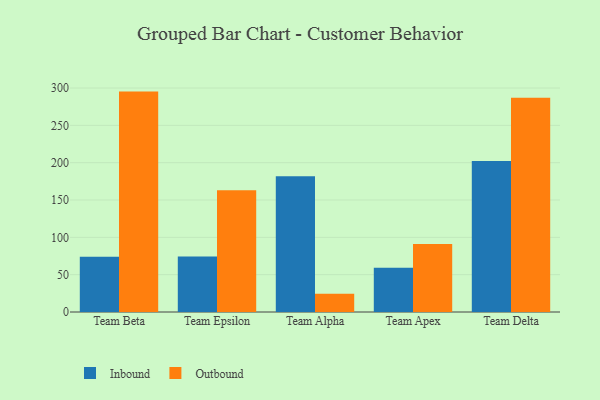
{"axis": {"x": "Team", "y": "Satisfaction Score"}, "legend": ["Inbound", "Outbound"], "data": [{"x": "Team Beta", "y": 73.9, "type": "Inbound"}, {"x": "Team Beta", "y": 295.2, "type": "Outbound"}, {"x": "Team Epsilon", "y": 74.3, "type": "Inbound"}, {"x": "Team Epsilon", "y": 163.1, "type": "Outbound"}, {"x": "Team Alpha", "y": 181.7, "type": "Inbound"}, {"x": "Team Alpha", "y": 24.3, "type": "Outbound"}, {"x": "Team Apex", "y": 59.4, "type": "Inbound"}, {"x": "Team Apex", "y": 91.2, "type": "Outbound"}, {"x": "Team Delta", "y": 202.3, "type": "Inbound"}, {"x": "Team Delta", "y": 287.1, "type": "Outbound"}]}